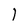
Character: l